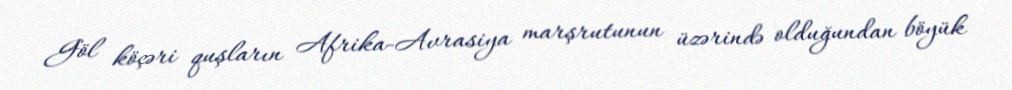
Göl köçəri quşların Afrika-Avrasiya marşrutunun üzərində olduğundan böyük